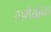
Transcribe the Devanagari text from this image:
उपमेयांना